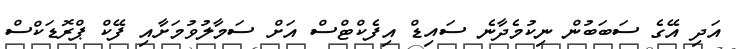
އަދި އޭގެ ސަބަބުން ނިކުމެދާނެ ސައިޑް އިފެކްޓްސް އަށް ސަމާލުވުމަށާއި ފޭކް ޕްރޮޑަކްސް